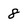
Character: 8